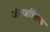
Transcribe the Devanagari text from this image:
अंतर्जातिक